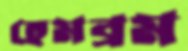
হেমব্রম